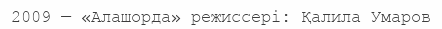
2009 — «Алашорда» режиссері: Қалила Умаров